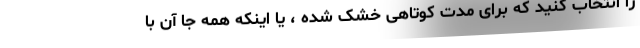
را انتخاب کنید که برای مدت کوتاهی خشک شده ، یا اینکه همه جا آن با